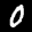
Label: 0